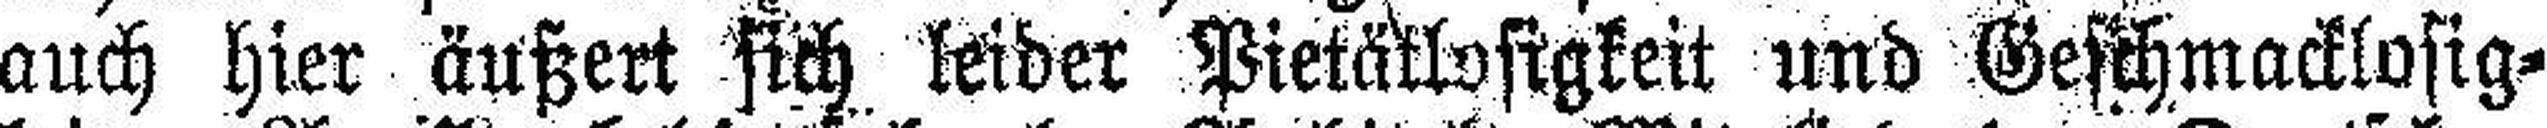
auch hier äußert sich leider Pietätlosigkeit und Geschmacklosig¬